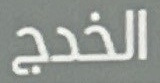
الخدج